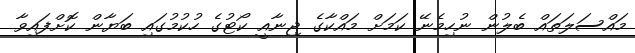
މައްސަލަތައް ބެލުން ނުހިމެނޭ ކަމަށް މައްކާގެ ޖިނާއީ ކޯޓުގެ ހުކުމުގައި ބަޔާން ކޮށްފައިވާ